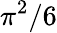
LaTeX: \pi^{2}/6